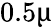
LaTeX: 0.5\upmu